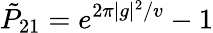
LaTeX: {\tilde{P}}_{21}=e^{2\pi|g|^{2}/v}-1